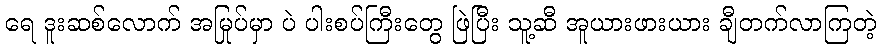
ရေ ဒူးဆစ်လောက် အမြုပ်မှာ ပဲ ပါးစပ်ကြီးတွေ ဖြဲပြီး သူ့ဆီ အူယားဖားယား ချီတက်လာကြတဲ့